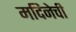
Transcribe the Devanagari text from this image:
मदिनेची